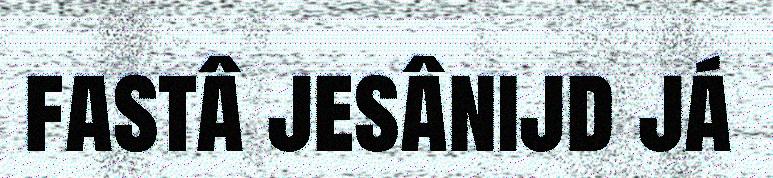
fastâ jesânijd já